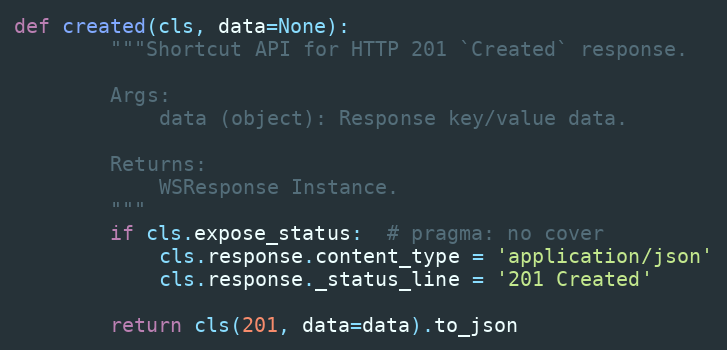
Language: Python
def created(cls, data=None):
        """Shortcut API for HTTP 201 `Created` response.

        Args:
            data (object): Response key/value data.

        Returns:
            WSResponse Instance.
        """
        if cls.expose_status:  # pragma: no cover
            cls.response.content_type = 'application/json'
            cls.response._status_line = '201 Created'

        return cls(201, data=data).to_json